Report on the administration of the Government Cinchona Department 1892-98
Year: 1892
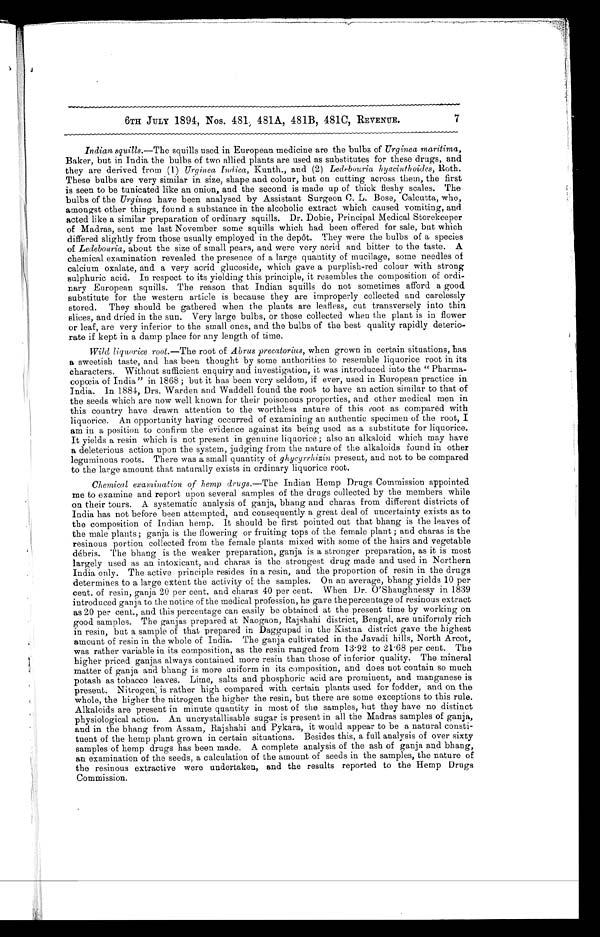
6TH JULY 1894, Nos. 481, 481A, 481B, 481C, REVENUE.
7
Indian squills.—The squills used in European medicine are the bulbs of Urginea maritima,
Baker, but in India the bulbs of two allied plants are used as substitutes for these drugs, and
they are derived from ( 1 ) Urginea Indica,K u n t h . , a n d ( 2 )
L e d e b o u r i a h y a c i n t h o i d e s ,R
o t h .
These bulbs are very similar in size, shape and colour, but on cutting across them, the first
is seen to be tunicated like an onion, and the second is made up of thick fleshy scales. The
bulbs of the Urginea have been analysed by Assistant Surgeon C. L. Bose, Calcutta, who,
amongst other things, found a substance in the alcoholic extract which caused vomiting, and
acted like a similar preparation of ordinary squills. Dr. Dobie, Principal Medical Storekeeper
of Madras, sent me last November some squills which had been offered for sale, but which
differed slightly from those usually employed in the depôt. They were the bulbs of a species
of Ledebouria, about the size of small pears, and were very acrid and bitter to the taste. A
chemical examination revealed the presence of a large quantity of mucilage, some needles of
calcium oxalate, and a very acrid glucoside, which gave a purplish-red colour with strong
sulphuric acid. In respect to its yielding this principle, it resembles the composition of ordi-
nary European squills. The reason that Indian squills do not sometimes afford a good
substitute for the western article is because they are improperly collected and carelessly
stored. They should be gathered when the plants are leafless, cut transversely into thin
slices, and dried in the sun. Very large bulbs, or those collected when the plant is in flower
or leaf, are very inferior to the small ones, and the bulbs of the best quality rapidly deterio-
rate if kept in a damp place for any length of time.
Wild liquorice root.—The root of Abrus precatorius, when grown in certain situations, has
a sweetish taste, and has been thought by some authorities to resemble liquorice root in its
characters. Without sufficient enquiry and investigation, it was introduced into the " Pharma-
copœia of India" in 1868; but it has been very seldom, if ever, used in European practice in
India. In 1884, Drs. Warden and Waddell found the root to have an action similar to that of
the seeds which are now well known for their poisonous properties, and other medical men in
this country have drawn attention to the worthless nature of this root as compared with
liquorice. An opportunity having occurred of examining an authentic specimen of the root, I
am in a position to confirm the evidence against its being used as a substitute for liquorice.
It yields a resin which is not present in genuine liquorice; also an alkaloid which may have
a deleterious action upon the system, judging from the nature of the alkaloids found in other
leguminous roots. There was a small quantity of ghycyrrhizin present, and not to be compared
to the large amount that naturally exists in ordinary liquorice root.
Chemical examination of hemp drugs.— The Indian Hemp Drugs Commission appointed
me to examine and report upon several samples of the drugs collected by the members while
on their tours. A systematic analysis of ganja, bhang and charas from different districts of
India has not before been attempted, and consequently a great deal of uncertainty exists as to
the composition of Indian hemp. It should be first pointed out that bhang is the leaves of
the male plants; ganja is the flowering or fruiting tops of the female plant; and charas is the
resinous portion collected from the female plants mixed with some of the hairs and vegetable
débris. The bhang is the weaker preparation, ganja is a stronger preparation, as it is most
largely used as an intoxicant, and charas is the strongest drug made and used in Northern
India only. The active principle resides in a resin, and the proportion of resin in the drugs
determines to a large extent the activity of the samples. On an average, bhang yields 10 per
cent. of resin, ganja 20 per cent. and charas 40 per cent. When Dr. O'Shaughnessy in 1839
introduced ganja to the notice of the medical profession, he gave the percentage of resinous extract
as 20 per cent., and this percentage can easily be obtained at the present time by working on
good samples. The ganjas prepared at Naogaon, Rajshahi district, Bengal, are uniformly rich
in resin, but a sample of that prepared in Daggupad in the Kistna district gave the highest
amount of resin in the whole of India. The ganja cultivated in the Javadi hills, North Arcot,
was rather variable in its composition, as the resin ranged from 13.92 to 21.68 per cent. The
higher priced ganjas always contained more resin than those of inferior quality. The mineral
matter of ganja and bhang is more uniform in its composition, and does not contain so much
potash as tobacco leaves. Lime, salts and phosphoric acid are prominent, and manganese is
pr es ent . Ni t r ogen; i s r at her hi gh compar ed wi t h cer t ai n pl ant s us ed f or f odder , and on t he
whole, the higher the nitrogen the higher the resin, but there are some exceptions to this rule.
Alkaloids are present in minute quantity in most of the samples, but they have no distinct
physiological action. An uncrystallisable sugar is present in all the Madras samples of ganja,
and in the bhang from Assam, Rajshahi and Pykara, it would appear to be a natural consti-
tuent of the hemp plant grown in certain situations. Besides this, a full analysis of over sixty
samples of hemp drugs has been made. A complete analysis of the ash of ganja and bhang,
an examination of the seeds, a calculation of the amount of seeds in the samples, the nature of
the resinous extractive were undertaken, and the results reported to the Hemp Drugs
Commission.